Report on enteric fever
Disease focus: Fever
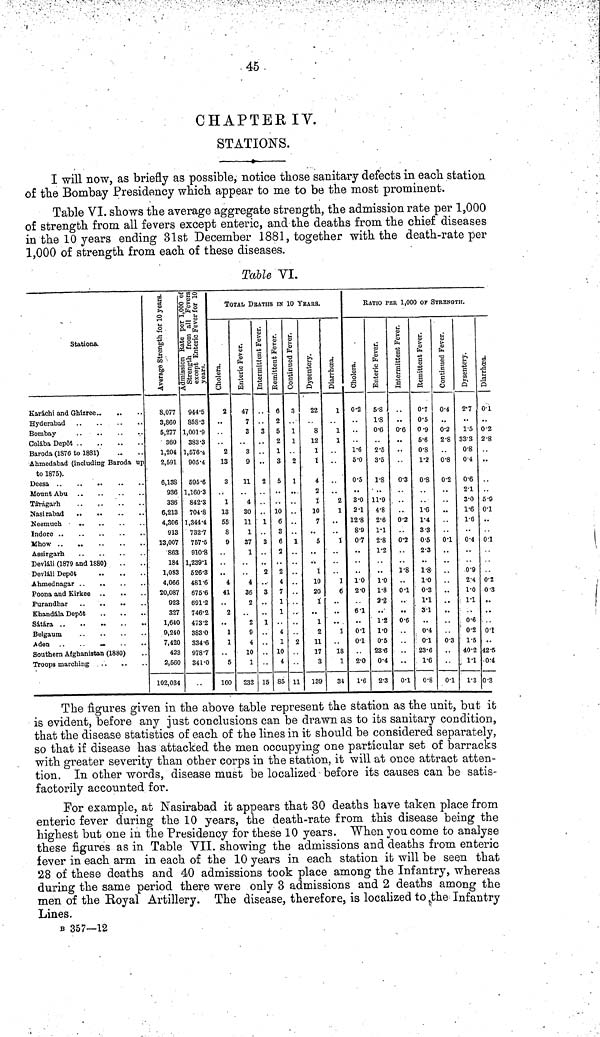
45
CHAPTER IV.
STATIONS.
I will now, as briefly as possible, notice those sanitary defects in each station
of the Bombay Presidency which appear to me to be the most prominent.
Table VI. shows the average aggregate strength, the admission rate per 1,000
of strength from all fevers except enteric, and the deaths from the chief diseases
in the 10 years ending 31st December 1881, together with the death-rate per
1,000 of strength from each of these diseases.
Table VI.
Stations.
Karáchi and Ghizree
Hyderabad
Bombay
Colába Depôt
Baroda (1876 to 1881)
Ahmedabad (including Baroda up
to 1875).
Deesa
Mount Abu
Tárágarh
Nasirabad
..
..
Neemuch
Indore
Mhow
Assirgarh
Devláli (1879 and 1880)
Devláli Depôt
Poona and Kirkee
Purandhar
Khandála Depôt
Sátára
Belgaum
Aden ..
..
—
Southern Afghanistan (1880)
Troops marching
Average Strength for 10 years.
8,077
3,860
5,277
360
1,204
2,591
6,138
936
336
6,213
4,306
913
13,007
863
184
1,083
4,066
20,087
923
327
1,640
9,240
7,420
423
2,560
102,034
Admission Rate per 1,000 of
Strength, from all Fevers
except Enteric Fever for 10
years.
944.5
858.3
1,001.9
383.3
1,576.4
905.4
595.6
1,160.3
842.3
704.8
1,344.4
732.7
757.5
910.8
1,239.1
526.3
481.6
675.6
691.2
746.2
473.2
383.0
334.6
978.7
341.0
TOTAL DEATHS IN 10
YEARS.
Cholera.
2
..
2
13
3
1
13
55
8
9
..
4
41
2
1
1
5
160
Enteric Fever.
47
7
3
3
9
11
4
30
11
1
37
1
4
36
2
2
9
4
10
1
232
Intermittent Fever.
3
..
2
1
3
2
3
1
15
Remittent Fever.
6
2
5
2
1
3
5
,.
10
6
3
6
2
2
4
7
1
1
4
1
10
4
85
Continued Fever.
3
1
1
2
1
..
1
..
..
2
11
Dysentery.
22
8
12
1
1
4
2
1
10
7
5
1
10
20
1
1
2
11
17
3
139
Diarrhœa.
1
1
1
2
1
..
..
1
1
6
..
..
1
18
1
34
RATIO PER 1,000 OF STRENGTH.
Cholera.
0.2
1.6
5.0
0.5
3.0
2.1
12.8
8.9
0.7
..
1.0
2.0
6.1
0.1
0.1
2.0
1.6
Enteric Fever.
5.8
1.8
0.6
2.5
3.5
1.8
11.9
4.8
2.6
1.1
2.8
1.2
1.0
1.8
3.2
..
1.2
1.0
0.5
23.6
0.4
2.3
Intermittent Fever.
..
0.6
..
0.3
0.2
0.2
1.8
0.1
..
0.6
0.1
Remittent Fever.
0.7
0.5
0.9
5.6
0.8
1.2
0.8
1.6
1.4
3.3
0.5
2.3
1.8
1.0
0.3
1.1
3.1
..
0.4
0.1
23.6
1.6
0.8
Continued Fever.
0.4
..
0.2
2.8
0.8
0.2
0.1
.,
..
..
0.3
0.1
Dysentery.
2.7
..
1.5
333
0.8
0.4
0.6
2.1
3.0
1.6
1.6
..
0.4
0.9
2.4
1.0
1.1
0.6
0.2
1.5
40.2
1.1
1.3
Diarrhœa.
0.1
0.2
2.8
..
5.9
0.1
..
01
0.2
0 3
..
..
0.1
42.5
0.4
0.3
The figures given in the above table represent the station as the unit, but it
is evident, before any just conclusions can be drawn as to its sanitary condition,
that the disease statistics of each of the lines in it should be considered separately,
so that if disease has attacked the men occupying one particular set of barracks
with greater severity than other corps in the station, it will at once attract atten-
tion. In other words, disease must be localized before its causes can be satis-
factorily accounted for.
For example, at Nasirabad it appears that 30 deaths have taken place from
enteric fever during the 10 years, the death-rate from this disease being the
highest but one in the Presidency for these 10 years. When you come to analyse
these figures as in Table VII. showing the admissions and deaths from enteric
fever in each arm in each of the 10 years in each station it will be seen that
28 of these deaths and 40 admissions took place among the Infantry, whereas
during the same period there were only 3 admissions and 2 deaths among the
men of the Royal Artillery. The disease, therefore, is localized to the Infantry
Lines.
B 357—12